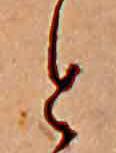
と